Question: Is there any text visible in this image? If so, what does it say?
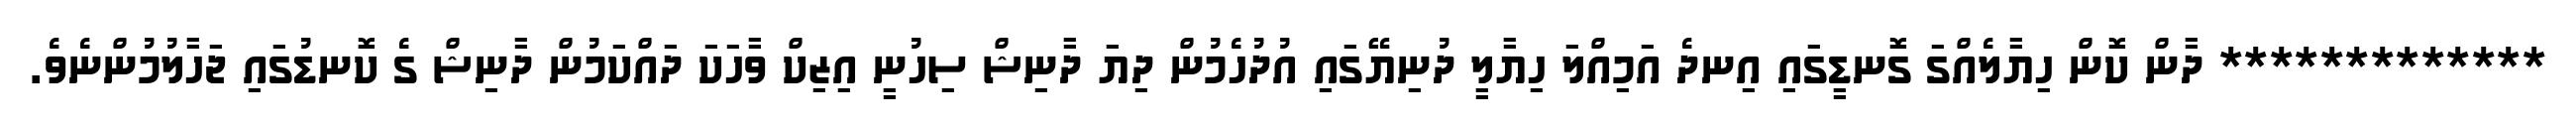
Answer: ************* ދާން ކޮން ހިޔާލެއްގަ ގޮނޑީގައި އިނދެ އަމިއްލަ ހިޔާލީ ދުނިޔޭގައި އުދުހެމުން ދިޔަ ދާނިޝް ސިހުނީ އިޒިކް ވާހަކަ ދައްކަމުން ދާނިޝް ގެ ކޮނޑުގައި ޖަހާލުމުންނެވެ.